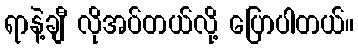
ရာနဲ့ချီ လိုအပ်တယ်လို့ ပြောပါတယ်။